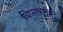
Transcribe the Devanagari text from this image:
चिप्सबरोबर